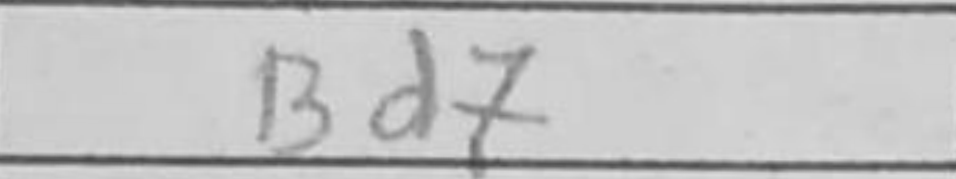
Transcription: Bd7